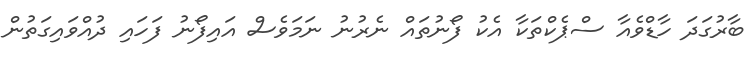
ބާރުގަދަ ހާޑްވެއާ ސްޕެކްތަކާ އެކު ފޯނުތައް ނެރުނު ނަމަވެސް އައިފޯނު ފަހައި ދުއްވައިގަތުން